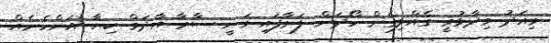
މިއަދު ވިދާޅުވީ ގެއްލިގެން ހޯދަން ފަށާފައި ވަނީ ސާރާ އާދަމް ކިޔާ އަންހެނެއް